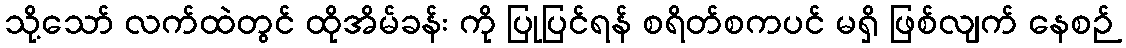
သို့သော် လက်ထဲတွင် ထိုအိမ်ခန်း ကို ပြုပြင်ရန် စရိတ်စကပင် မရှိ ဖြစ်လျက် နေစဉ်